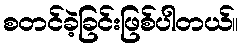
စတင်ခဲ့ခြင်းဖြစ်ပါတယ်။